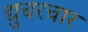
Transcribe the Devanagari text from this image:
द्युचरचार